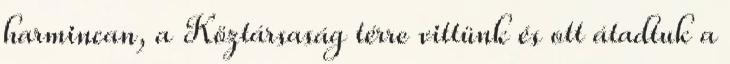
harmincan, a Köztársaság térre vittünk és ott átadtuk a